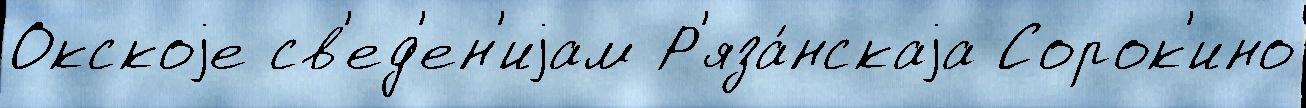
Окскоjе св'ед'ен'иjам Р'яза́нскаjа Сорок'ино